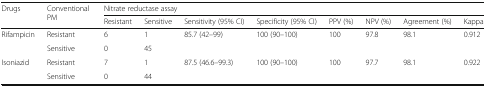
<table><thead><tr><td rowspan="2"><b>Drugs</b></td><td rowspan="2"><b>Conventional PM</b></td><td colspan="8"><b>Nitrate reductase assay</b></td></tr><tr><td><b>Resistant</b></td><td><b>Sensitive</b></td><td><b>Sensitivity (95% CI)</b></td><td><b>Specificity (95% CI)</b></td><td><b>PPV (%)</b></td><td><b>NPV (%)</b></td><td><b>Agreement (%)</b></td><td><b>Kappa</b></td></tr></thead><tbody><tr><td rowspan="2">Rifampicin</td><td>Resistant</td><td>6</td><td>1</td><td rowspan="2">85.7 (42–99)</td><td rowspan="2">100 (90–100)</td><td rowspan="2">100</td><td rowspan="2">97.8</td><td rowspan="2">98.1</td><td rowspan="2">0.912</td></tr><tr><td>Sensitive</td><td>0</td><td>45</td></tr><tr><td rowspan="2">Isoniazid</td><td>Resistant</td><td>7</td><td>1</td><td rowspan="2">87.5 (46.6–99.3)</td><td rowspan="2">100 (90–100)</td><td rowspan="2">100</td><td rowspan="2">97.7</td><td rowspan="2">98.1</td><td rowspan="2">0.922</td></tr><tr><td>Sensitive</td><td>0</td><td>44</td></tr></tbody></table>